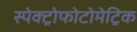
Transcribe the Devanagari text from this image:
स्पेक्ट्रोफोटोमेट्रिक